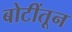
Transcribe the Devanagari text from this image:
बोटींतून